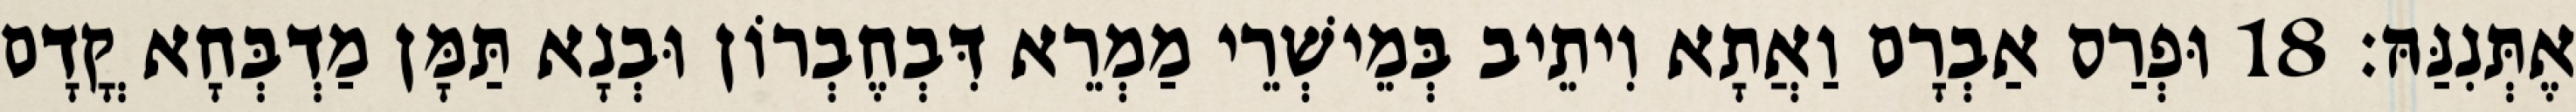
אֶתְּנִנַּהּ׃ 18 וּפְרַס אַבְרָם וַאֲתָא וִיתֵיב בְּמֵישְׁרֵי מַמְרֵא דִּבְחֶבְרוֹן וּבְנָא תַּמָּן מַדְבְּחָא קֳדָם